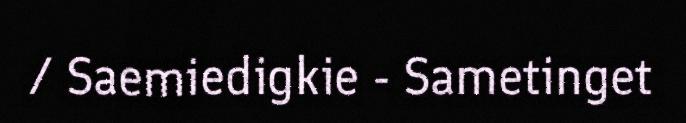
/ Saemiedigkie - Sametinget